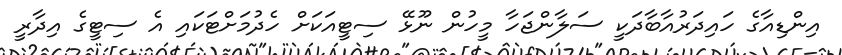
އިންޑިއާގެ ހައިދަރުއާބާދަކީ ސަލާންޖަހާ މީހުން ނޫޅޭ ސިޓީއަކަށް ހެދުމަށްޓަކައި އެ ސިޓީގެ އިދާރީ